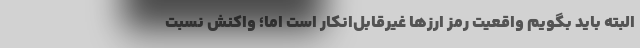
البته باید بگویم واقعیت رمز ارز‌ها غیرقابل‌انکار است اما؛ واکنش نسبت